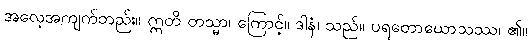
အလေ့အကျက်တည်း။ ဣတိ တသ္မာ၊ ကြောင့်။ ဒါနံ၊ သည်။ ပရတောဃောသဿ၊ ၏။